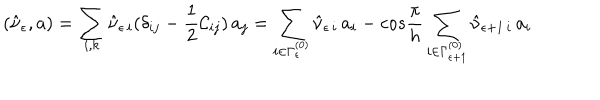
( \hat { \nu } _ { \epsilon } , a ) = \sum _ { i , k } \hat { \nu } _ { \epsilon \, i } ( \delta _ { i j } - \frac { 1 } { 2 } { \cal C } _ { i j } ) \, a _ { j } = \sum _ { i \in \Gamma _ { \epsilon } ^ { ( 0 ) } } \hat { \nu } _ { \epsilon \, i } \, a _ { i } - c o s \frac { \pi } { h } \sum _ { i \in \Gamma _ { \epsilon + 1 } ^ { ( 0 ) } } \hat { \nu } _ { \epsilon + 1 \, i } \, a _ { i }